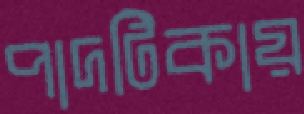
পাদটিকায়